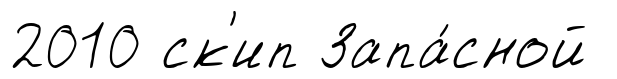
2010 ск'ип Запа́сной